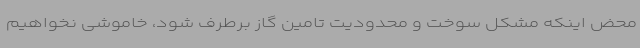
محض اینکه مشکل سوخت و محدودیت تامین گاز برطرف شود، خاموشی نخواهیم